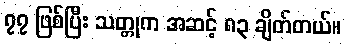
၇၇ ဖြစ်ပြီး သတ္တုက အဆင့် ၈၃ ချိတ်တယ်။